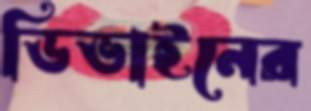
ডিভাইনের